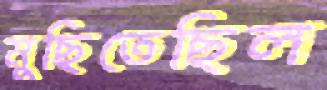
মুছিতেছিল